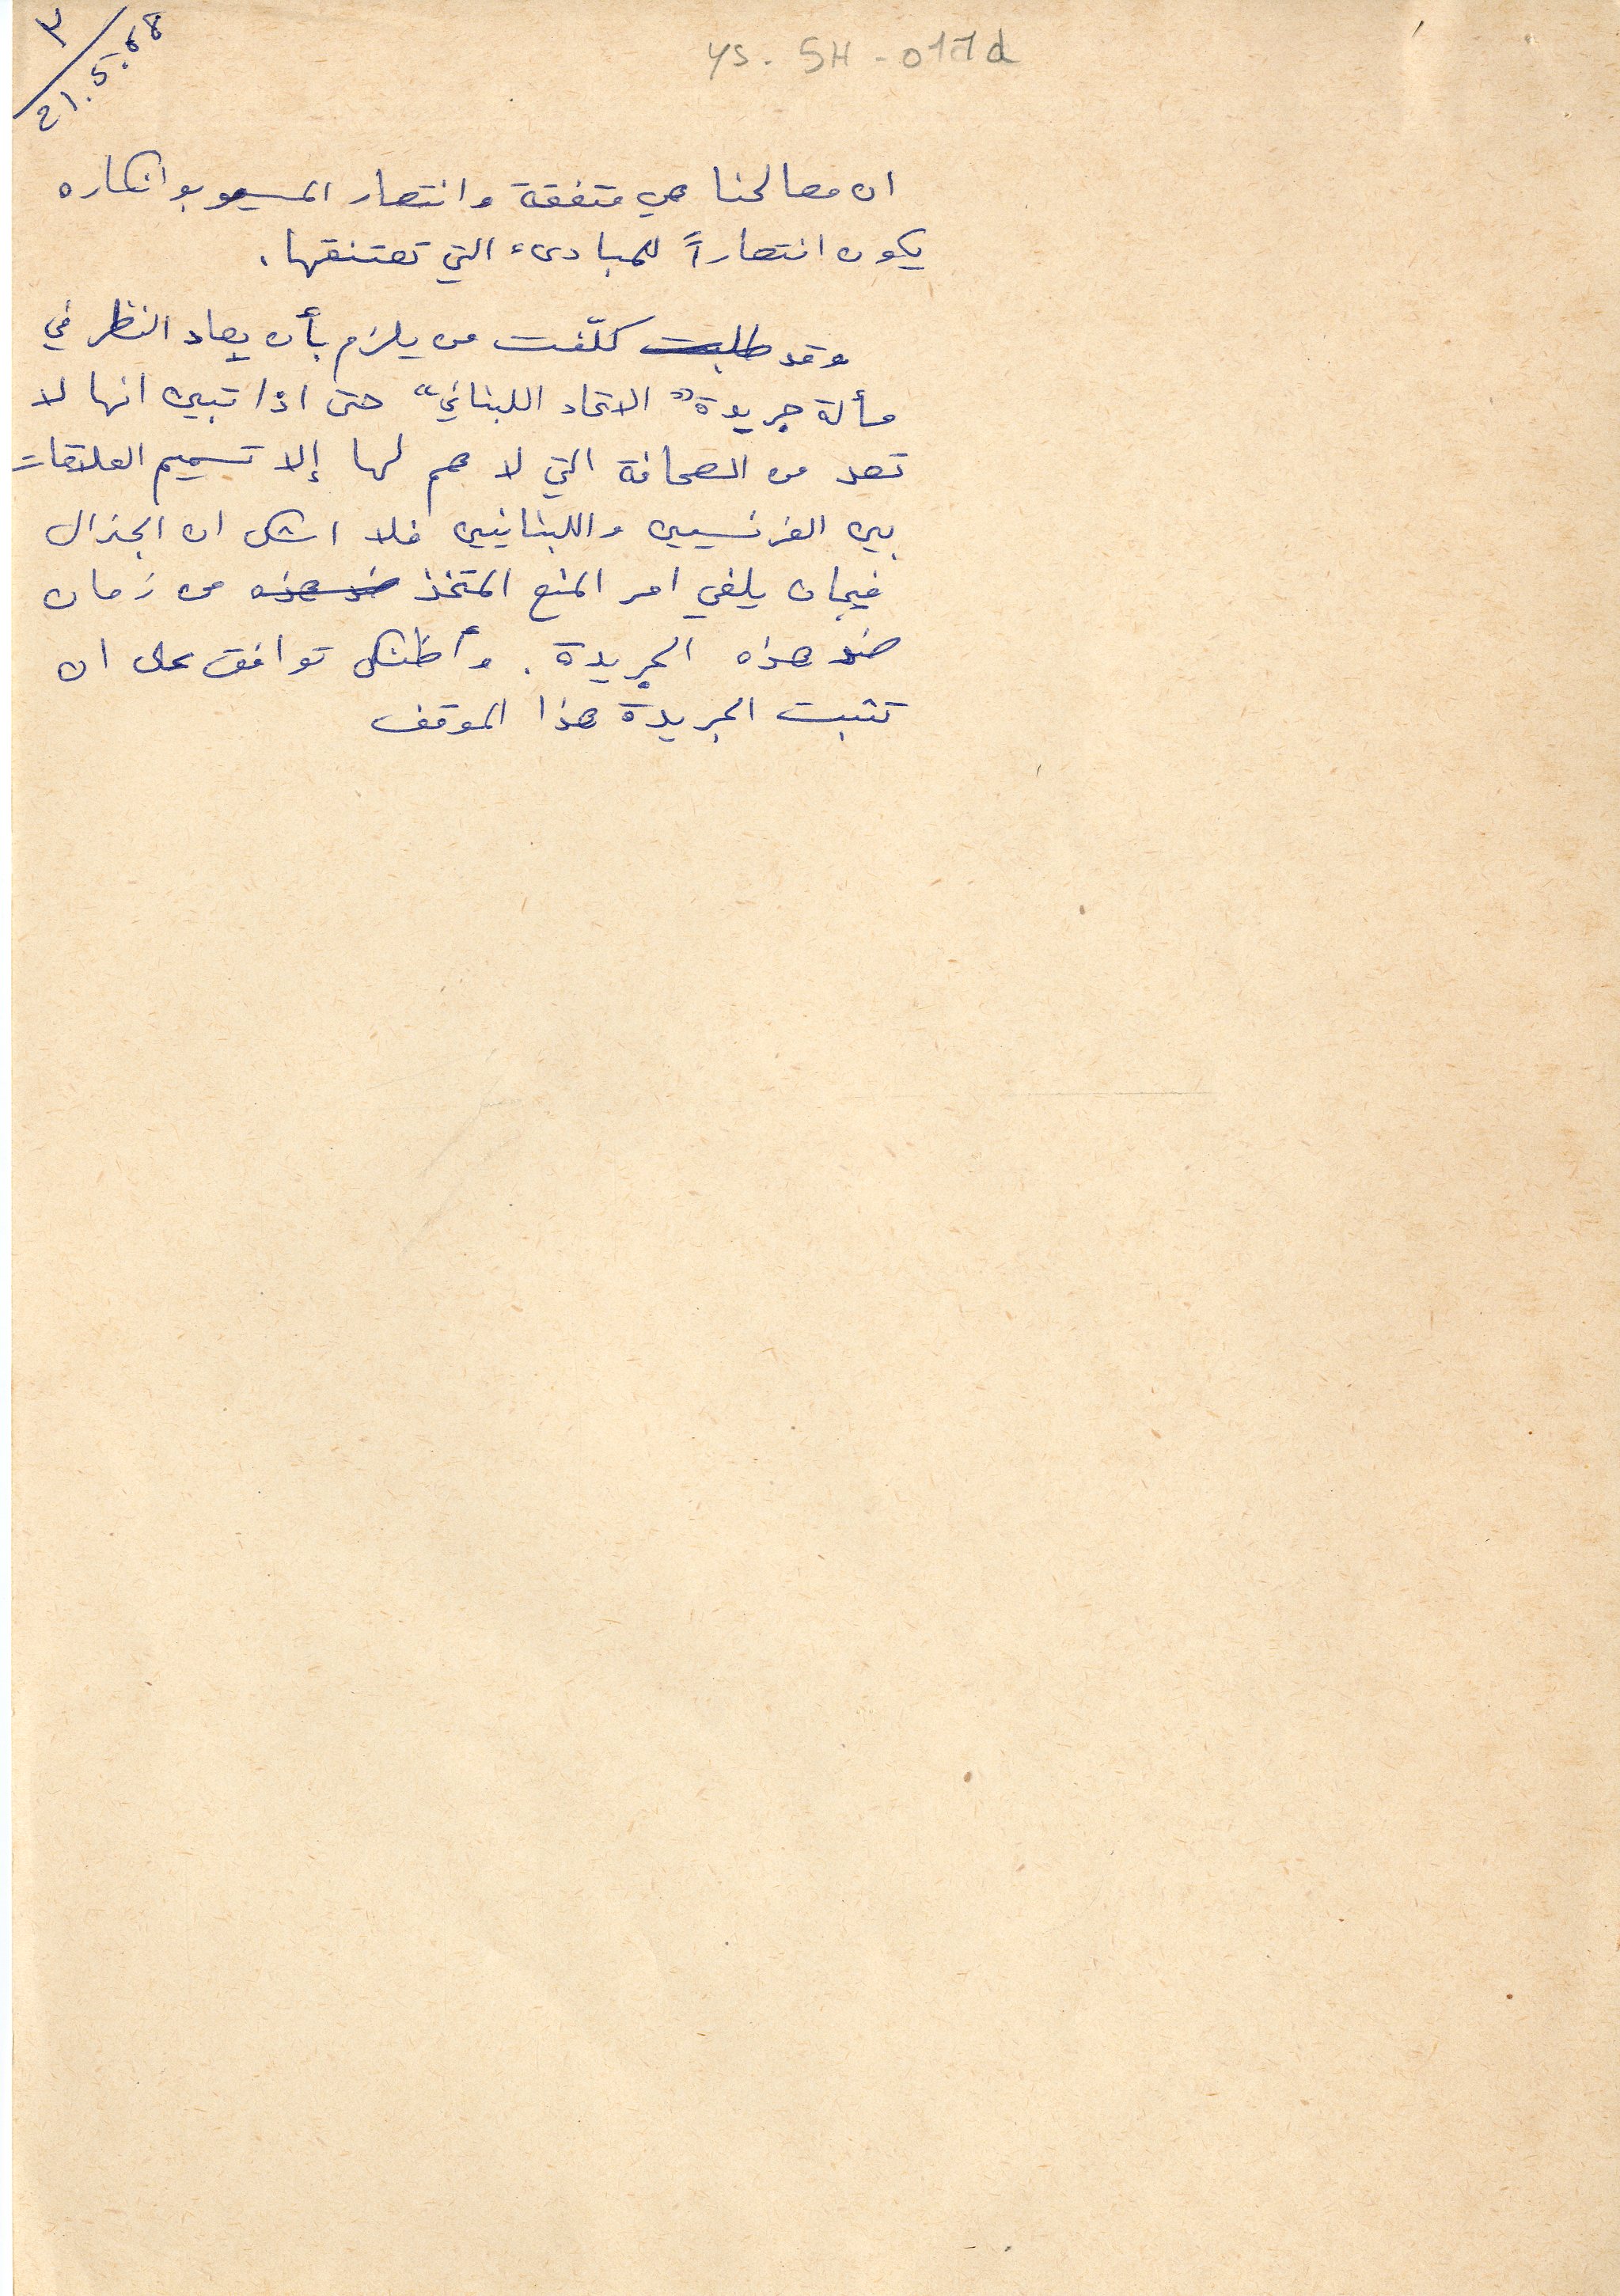
ys-5H-011d
ان مصالحنا هي متفقة وانتصار المسيو بوانكاره
يكون انتصاراً للمبادىء التي تعتنقها.
وقد طلبت كلّفت من يلزم بأن يعاد النظر في
مسألة جريدة " الاتحاد اللبناني" حتى اذا تبين انها لا
تعد من الصحافة التي لا هم لها إلا تسميم العلاقات
بين الفرنسيين واللبنانيين فلا اشك ان الجنرال
فيجان يلغي امر المنع المتخذ ضد هذه من زمان
ضد هذه الجريدة. وأظنك توافق على ان
 تثبت الجريدة هذا الموقف
21.5.21